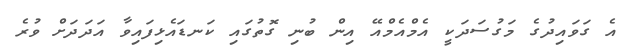
އެ ގަވައިދުގެ މަގުސަދަކީ އެމްއެމްއޭ އިން ބުނި ގޮތުގައި ކަނޑައެޅިފައިވާ އަދަދަށް ވުރެ